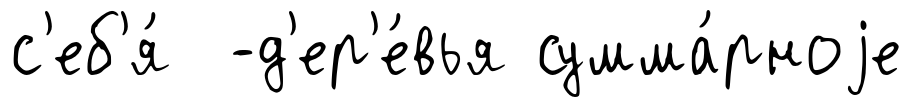
с'еб'я́ -д'ер'е́вья сумма́рноjе